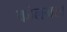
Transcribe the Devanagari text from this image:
कोलगता